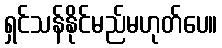
ရှင်သန်နိုင်မည်မဟုတ်ပေ။